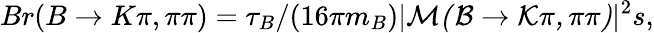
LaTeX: Br(B\to K\pi,\pi\pi)=\tau_{B}/(16\pi m_{B})|{\cal M(B\to K\pi,\pi\pi)}|^{2}s,